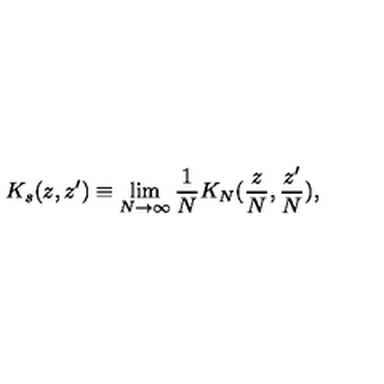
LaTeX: K _ { s } ( z , z ^ { \prime } ) \equiv \lim _ { N \rightarrow \infty } \frac 1 N K _ { N } ( \frac { z } { N } , \frac { z ^ { \prime } } { N } ) ,